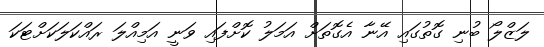
ލަޒްލޯ ބުނި ގޮތުގައި އޭނާ އެގޮތަށް އަމަލު ކޮށްފައި ވަނީ އަމިއްލަ ރައްކަލަކަށްޓަކަ